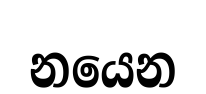
නයෙන